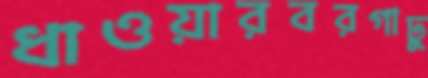
ধাওয়ারবরগাঢু